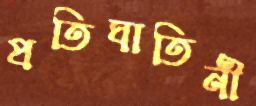
প্রতিঘাতিনী